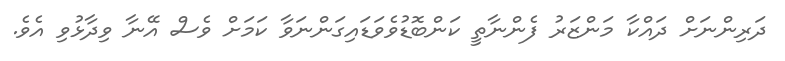
ދަރިންނަށް ދައްކާ މަންޒަރު ފެންނާތީ ކަންބޮޑުވެވަޑައިގަންނަވާ ކަމަށް ވެސް އޭނާ ވިދާޅުވި އެވެ.